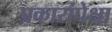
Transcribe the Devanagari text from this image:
प्रकारांपेक्षा